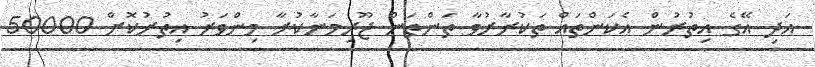
އަދި އޭގެ އިތުރުން އެކަންތައް ތަކުރާރުވާ ތަންތަން ޖޫރިމަނާކުރާ މިންވަރު އިތުރުކޮށް 50000